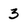
Character: 3